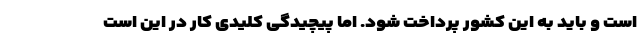
است و باید به این کشور پرداخت شود. اما پیچیدگی کلیدی کار در این است